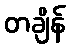
တချိန်